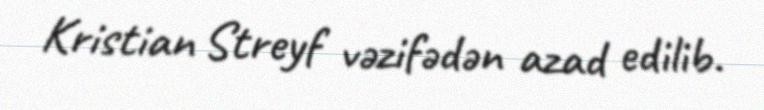
Kristian Streyf vəzifədən azad edilib.